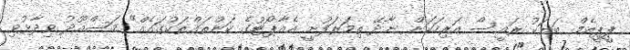
ޕީޕީއެމް ބަޔަކު ރައީސް އަރިހަކަށް ނާދޭ ތިމަރަފުށީ އެއާޕޯޓުގެ ކަންތައްތަކުގައެއް" މަސްއޫދު ވިދާޅުވި